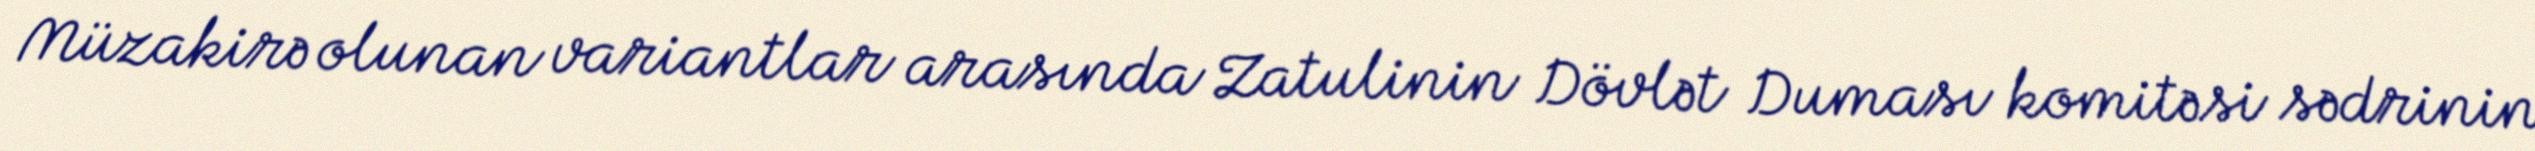
Müzakirə olunan variantlar arasında Zatulinin Dövlət Duması komitəsi sədrinin